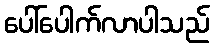
ပေါ်ပေါက်လာပါသည်